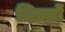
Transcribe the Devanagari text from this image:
जिल्लों